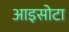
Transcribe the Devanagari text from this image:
आइसोटा